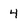
Character: 4